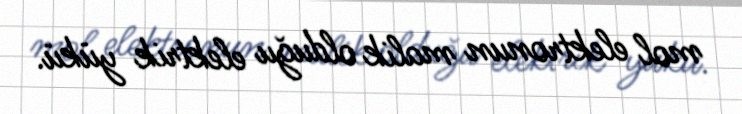
mol elektronun malik olduğu elektrik yükü.